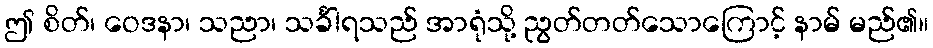
ဤ စိတ်၊ ဝေဒနာ၊ သညာ၊ သင်္ခါရသည် အာရုံသို့ ညွတ်တတ်သောကြောင့် နာမ် မည်၏။